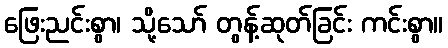
ဖြေးညင်းစွာ၊ သို့သော် တွန့်ဆုတ်ခြင်း ကင်းစွာ။